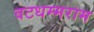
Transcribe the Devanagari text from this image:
वटधम्मराम